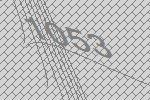
1053